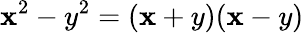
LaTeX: \mathbf{x}^{2}-y^{2}=(\mathbf{x}+y)(\mathbf{x}-y)